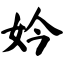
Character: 妗